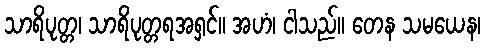
သာရိပုတ္တ၊ သာရိပုတ္တရအရှင်။ အဟံ၊ ငါသည်။ တေန သမယေန၊